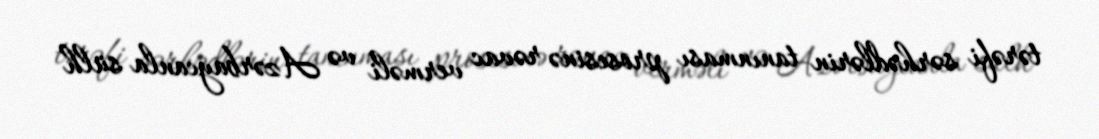
tərəfi sərhədlərin tanınması prosesinə rəvac verməli və Azərbaycanla sülh